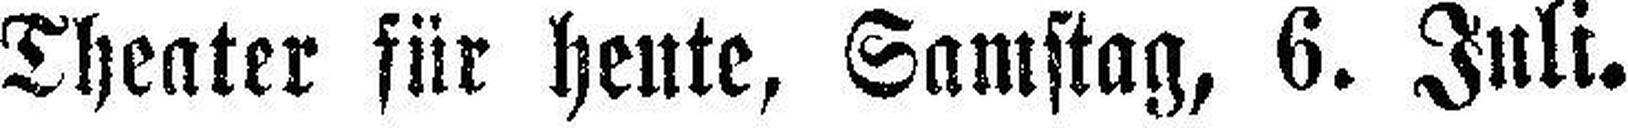
Theater für heute, Samstag, 6. Juli.